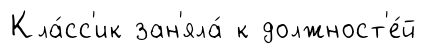
Кла́сс'ик зан'яла́ к должност'е́й